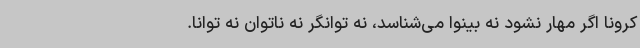
کرونا اگر مهار نشود نه بینوا می‌شناسد، نه توانگر نه ناتوان نه توانا.